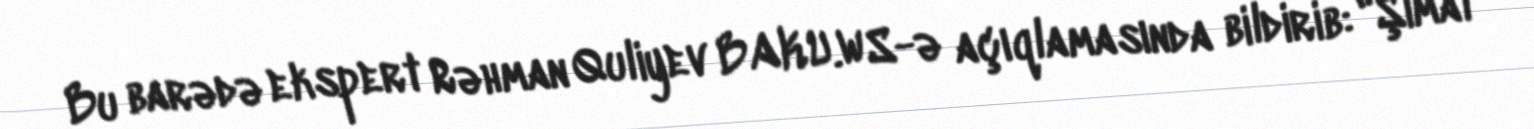
Bu barədə ekspert Rəhman Quliyev BAKU.WS-ə açıqlamasında bildirib: "Şimal